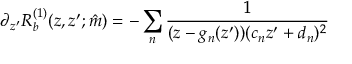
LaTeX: \partial _ { z ^ { \prime } } R _ { b } ^ { ( 1 ) } ( z , z ^ { \prime } ; \hat { m } ) = - \sum _ { n } \frac { 1 } { ( z - g _ { n } ( z ^ { \prime } ) ) ( c _ { n } z ^ { \prime } + d _ { n } ) ^ { 2 } }